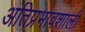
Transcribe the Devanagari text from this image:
अतिप्रभावशाली